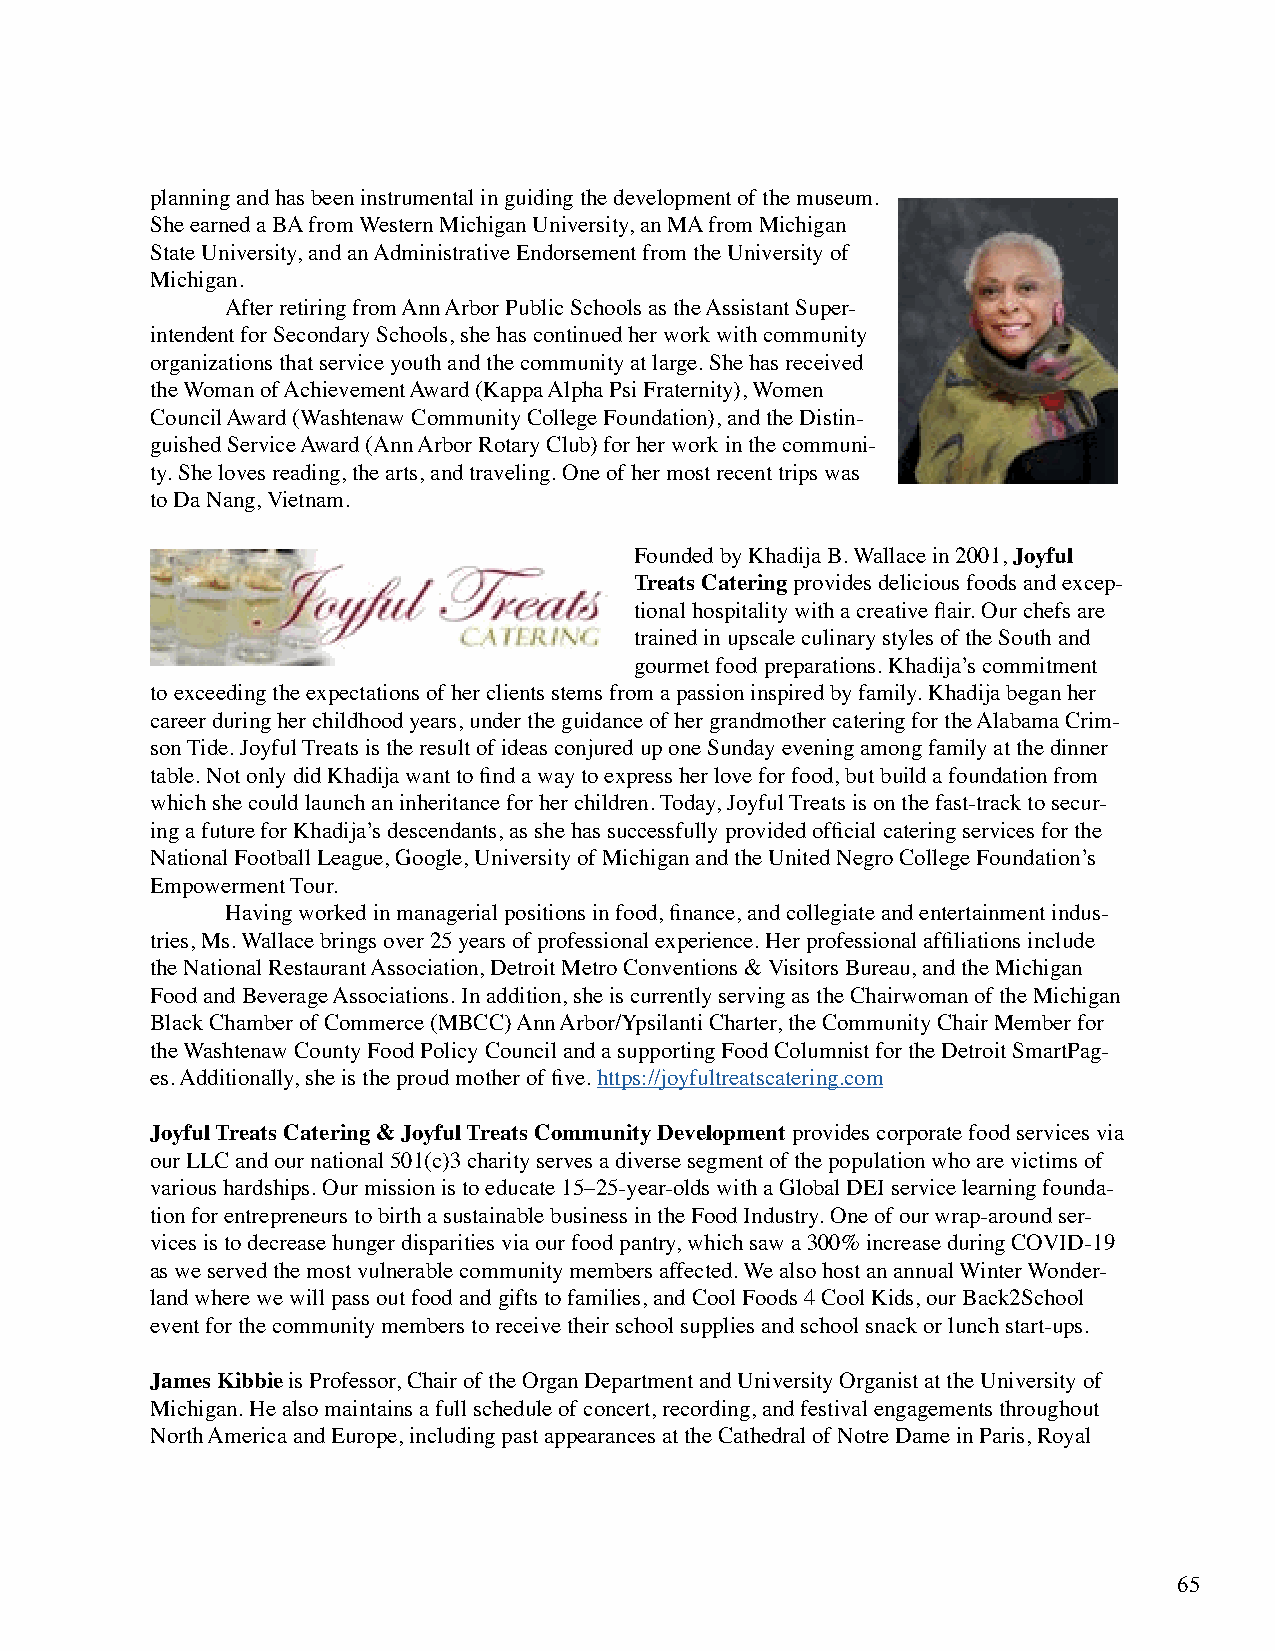
planning and has been instrumental in guiding the development of the museum.
 She earned a BA from Western Michigan University, an MA from Michigan
 State University, and an Administrative Endorsement from the University of
 Michigan.
 After retiring from Ann Arbor Public Schools as the Assistant Super-
 intendent for Secondary Schools, she has continued her work with community
 organizations that service youth and the community at large. She has received
 the Woman of Achievement Award (Kappa Alpha Psi Fraternity), Women
 Council Award (Washtenaw Community College Foundation), and the Distin-
 guished Service Award (Ann Arbor Rotary Club) for her work in the communi-
 ty. She loves reading, the arts, and traveling. One of her most recent trips was
 to Da Nang, Vietnam.
 Founded by Khadija B. Wallace in 2001, Joyful
 Treats Catering provides delicious foods and excep-
 tional hospitality with a creative flair. Our chefs are
 trained in upscale culinary styles of the South and
 gourmet food preparations. Khadija’s commitment
 to exceeding the expectations of her clients stems from a passion inspired by family. Khadija began her
 career during her childhood years, under the guidance of her grandmother catering for the Alabama Crim-
 son Tide. Joyful Treats is the result of ideas conjured up one Sunday evening among family at the dinner
 table. Not only did Khadija want to find a way to express her love for food, but build a foundation from
 which she could launch an inheritance for her children. Today, Joyful Treats is on the fast-track to secur-
 ing a future for Khadija’s descendants, as she has successfully provided official catering services for the
 National Football League, Google, University of Michigan and the United Negro College Foundation’s
 Empowerment Tour.
 Having worked in managerial positions in food, finance, and collegiate and entertainment indus-
 tries, Ms. Wallace brings over 25 years of professional experience. Her professional affiliations include
 the National Restaurant Association, Detroit Metro Conventions & Visitors Bureau, and the Michigan
 Food and Beverage Associations. In addition, she is currently serving as the Chairwoman of the Michigan
 Black Chamber of Commerce (MBCC) Ann Arbor/Ypsilanti Charter, the Community Chair Member for
 the Washtenaw County Food Policy Council and a supporting Food Columnist for the Detroit SmartPag-
 es. Additionally, she is the proud mother of five. https://joyfultreatscatering.com
 Joyful Treats Catering & Joyful Treats Community Development provides corporate food services via
 our LLC and our national 501(c)3 charity serves a diverse segment of the population who are victims of
 various hardships. Our mission is to educate 15–25-year-olds with a Global DEI service learning founda-
 tion for entrepreneurs to birth a sustainable business in the Food Industry. One of our wrap-around ser-
 vices is to decrease hunger disparities via our food pantry, which saw a 300% increase during COVID-19
 as we served the most vulnerable community members affected. We also host an annual Winter Wonder-
 land where we will pass out food and gifts to families, and Cool Foods 4 Cool Kids, our Back2School
 event for the community members to receive their school supplies and school snack or lunch start-ups.
 James Kibbie is Professor, Chair of the Organ Department and University Organist at the University of
 Michigan. He also maintains a full schedule of concert, recording, and festival engagements throughout
 North America and Europe, including past appearances at the Cathedral of Notre Dame in Paris, Royal
 65